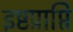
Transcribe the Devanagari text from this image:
इष्टप्राप्ति